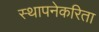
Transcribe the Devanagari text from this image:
स्थापनेकरिता